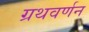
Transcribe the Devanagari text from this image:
ग्रथवर्णन